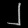
Digit: ၂